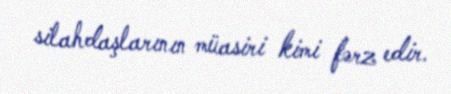
silahdaşlarının müasiri kimi fərz edir.